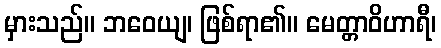
မှားသည်။ ဘဝေယျ၊ ဖြစ်ရာ၏။ မေတ္တာဝိဟာရီ၊